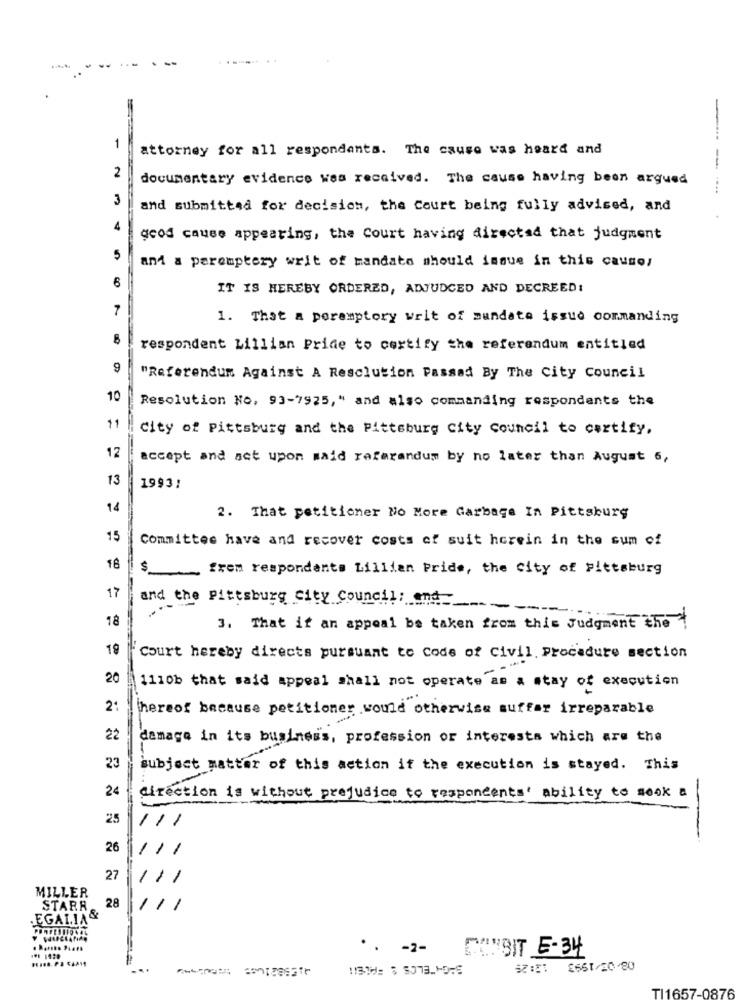
.-
1
attorney for all respondants. The cause was heard and
--
2
documentary evidence was received. The cause having been argued
3
and submitted for decision, the Court being fully advised, and
4
good cause appearing, the Court having directad that judgment
5
and a peremptery writ of mandato should issue in this cause;
6
IT IS HEREBY ORDERED, ADJUDGED AND DECREED:
7
1. That a peremptory writ of mundate issue commanding
respondent Lillian Pride to certify the referendum entitled
9
"Referendum Against A Resolution Passad By The City Council
10
Resolution No, 93-7925," and also commanding respondents the
City of Pittsburg and the Pittsburg City Council to certify.
12
accept and act upon maid referandum by no later than August 6,
13
1993:
14
2. That petitioner No More Garbage In Pittsburg
15
Committee have and recover costs of suit herein in the sum of
18
$
frem respondents Lillian Pride, the City of Pittsburg
17
and the Pittsburg City Council: end
-
18
3. That if an appeal be taken from this Judgment the
Court hereby directs pursuant to Code of Civil. Procedure section
20
1110b that said appeal shall not operate as a stay of execution
2:
hereof because petitioner would otherwise suffer irreparable
22
demage in its business, profession or interests which are the
23
subject matter of this action if the execution is stayed. This
24
direction is without prejudice to respondents' ability to sook a
25
26
27
MILLER
28
STARR
EGALIA&
Y WACLANAD
.. - 2-
CONBIT E-34
SIE: 8661/20-80
TI1657-0876